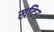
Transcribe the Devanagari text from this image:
खदिरः